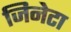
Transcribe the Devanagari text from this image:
जिनेटा